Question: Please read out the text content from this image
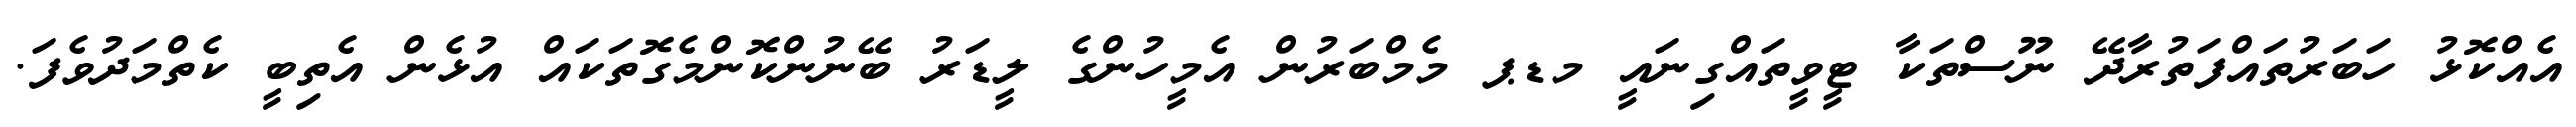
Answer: އެއްކޮޅު ހަބަރުތައްފަތުރާދޭ ނޫސްތަކާ ޓީވީތައްގިނައީ މޑޕ މެމްބަރުން އެމީހުންގެ ލީޑަރު ބޭނުންކޮންމެގޮތަކައް އުޅެން އެތިބީ ކެތްމަދުވެފަ.